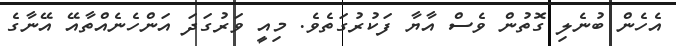
އެހެން ބުނެލި ގޮތުން ވެސް އާޔާ ފަކުރުގަތެވެ. މިއީ ވަރުގަދަ އަންހެނެއްތާއޭ އޭނާގެ